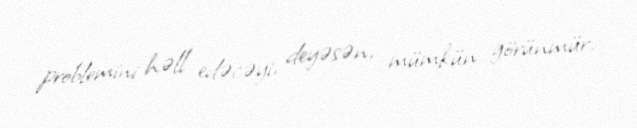
problemini həll edəcəyi, deyəsən, mümkün görünmür.